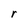
Character: r